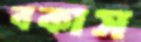
বকাস